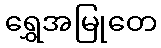
ရွှေအမြုတေ